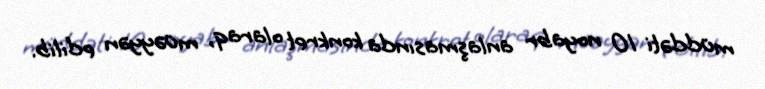
müddəti 10 noyabr anlaşmasında konkret olaraq, müəyyən edilib.